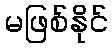
မဖြစ်နိုင်